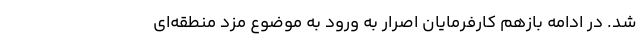
شد. در ادامه بازهم کارفرمایان اصرار به ورود به موضوع مزد منطقه‌ای